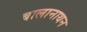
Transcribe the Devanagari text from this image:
बालानाथन